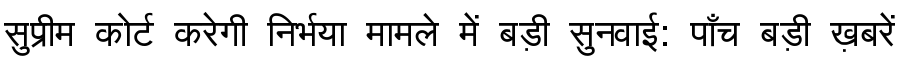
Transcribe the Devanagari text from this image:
सुप्रीम कोर्ट करेगी निर्भया मामले में बड़ी सुनवाई: पाँच बड़ी ख़बरें